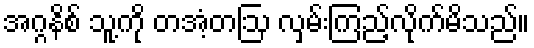
အဂ္ဂနိစ် သူ့ကို တအံ့တဩ လှမ်းကြည့်လိုက်မိသည်။